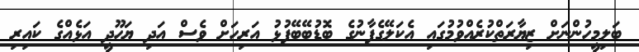
ބަލިމީހުންނަށް ޒިޔާރަތްކުރެއްވުމުގައި އެކަލޭގެފާނުގެ ބޮޑުބޭބޭފުޅު އަރިހަށް ވެސް އަދި ޔަހޫދީ އަޅެއްގެ ކައިރި